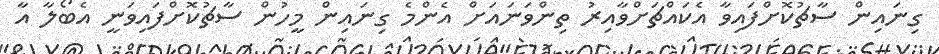
ގިނައިން ސާޗުކޮށްފައިވާ އެކައްޗަށްވާއިރު ތިންވަނައަށް އެންމެ ގިނައިން މީހުން ސާޗުކޮށްފައިވަނީ އެބޯލާ އާ